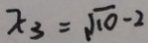
x _ { 3 } = \sqrt { 1 0 } - 2